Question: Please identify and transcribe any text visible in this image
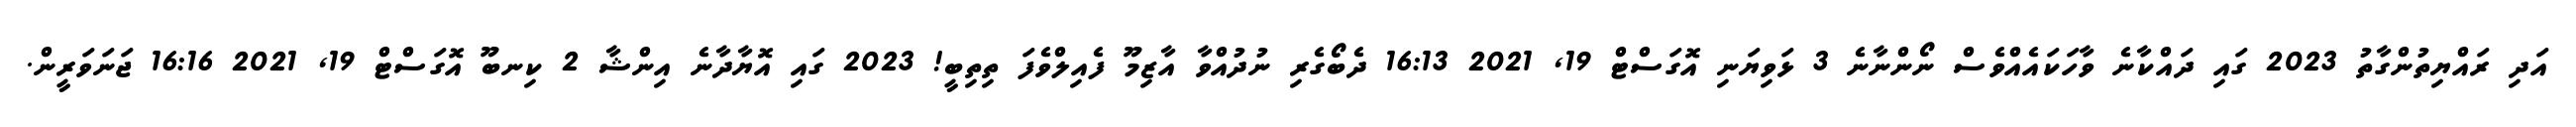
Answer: އަދި ރައްޔިތުންގާތު 2023 ގައި ދައްކާނެ ވާހަކައެއްވެސް ނޯންނާނެ 3 ޅަވިޔަނި އޮގަސްޓް 19, 2021 16:13 ދެބޯގެރި ނުދުއްވާ އާޒިމޫ ފެއިލްވެފަ ތިތިބީ! 2023 ގައި އޮޔާދާނެ އިންޝާ 2 ކިނބޫ އޮގަސްޓް 19, 2021 16:16 ޖަނަވަރީން.